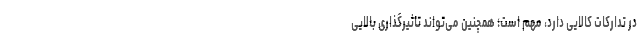
در تدارکات کالایی دارد، مهم است؛ همچنین می‌تواند تاثیرگذاری بالایی